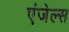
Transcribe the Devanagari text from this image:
एंजेल्‍स